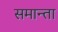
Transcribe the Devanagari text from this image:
समान्ता